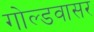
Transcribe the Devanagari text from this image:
गोल्डवासर